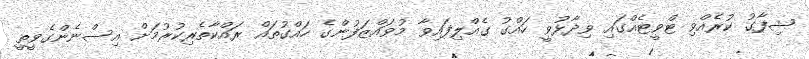
ޝިފާގު ކުރެއްވި ޓްވީޓެއްގައި ވިދާޅުވީ ހައްގު ގެއްލިފައިވާ މުވައްޒަފުންގެ ހައްގުތައް ރައްކާތެރިކުރުމަށް އިސްނެންގެވީތީ